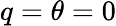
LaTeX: q=\theta=0